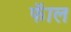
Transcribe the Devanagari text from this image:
फॅाल